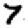
Digit: 7